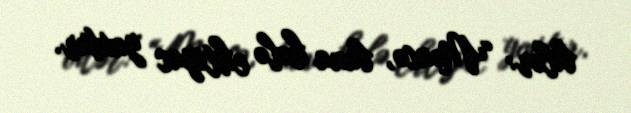
bilər: “Məncə, buna hələ ehtiyac yoxdur.